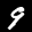
Label: 9